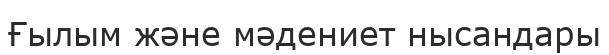
Ғылым және мәдениет нысандары